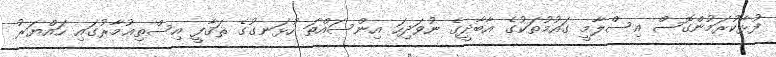
ފުޅާކުރަމުންގޮސް އިސްލާމީ ގައުމުތަކުގެ އާބާދީގެ ނުވަދިހަ އިންސައްތަ ހުޅަނގުގެ ޘަޤާފީ އިސްތިޢުމާރުގައި ހައްޔަރު